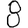
Digit: 8